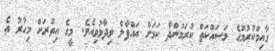
ގާއިމްކުރުމުގެ މަސައްކަތް ކުރަމުންދާ ކަމަށް އައްފާލް ވިދާޅުވިއެވެ. މީގެ އިތުރަށް މިހާރު އެ